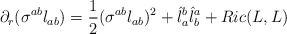
\begin{align*} \partial_r (\sigma^{ab} l_{ab})= \frac{1}{2}(\sigma^{ab} l_{ab}) ^2 + \hat{l}_a^b \hat{l}_b^a + Ric(L,L)\end{align*}